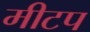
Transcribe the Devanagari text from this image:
मीटप